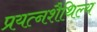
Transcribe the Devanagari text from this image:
प्रयत्नशैथिल्य